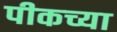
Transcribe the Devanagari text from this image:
पीकच्या